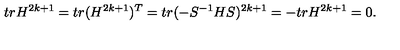
t r H ^ { 2 k + 1 } = t r ( H ^ { 2 k + 1 } ) ^ { T } = t r ( - S ^ { - 1 } H S ) ^ { 2 k + 1 } = - t r H ^ { 2 k + 1 } = 0 .